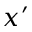
x ^ { \prime }